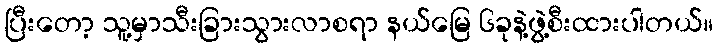
ပြီးတော့ သူ့မှာသီးခြားသွားလာစရာ နယ်မြေ ၆ခုနဲ့ဖွဲ့စီးထားပါတယ်။